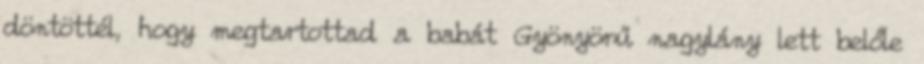
döntöttél, hogy megtartottad a babát Gyönyörű nagylány lett belőle